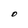
Character: O